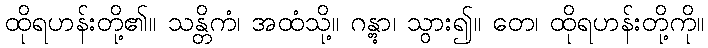
ထိုရဟန်းတို့၏။ သန္တိကံ၊ အထံသို့။ ဂန္တွာ၊ သွား၍။ တေ၊ ထိုရဟန်းတို့ကို။